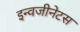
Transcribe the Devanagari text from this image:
इन्वजीनेटस